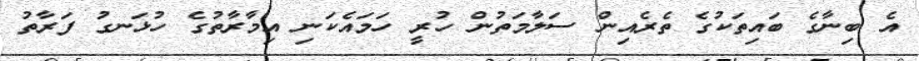
އެ ބިނާގެ ބައިތަކުގެ ތެރެއިން ސަލާމަތުން ހުރީ ހަމައެކަނި އިމާރާތުގެ ހުޅަނގު ފަރާތު